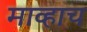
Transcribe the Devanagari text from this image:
माव्हाच